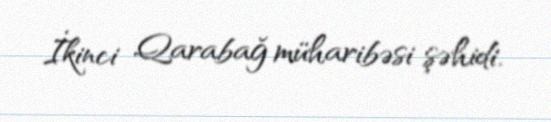
İkinci Qarabağ müharibəsi şəhidi.